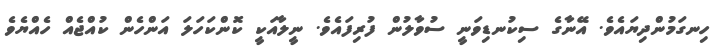
ހިނގަމުންދިޔައެވެ. އޭނާގެ ސިކުނޑިވަނީ ސުވާލުން ފުރިފައެވެ. ނީލާއަކީ ކޮންކަހަލަ އަންހެން ކުއްޖެއް ހެއްޔެވެ